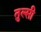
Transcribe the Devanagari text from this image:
तुल्सी